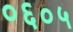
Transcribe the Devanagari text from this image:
०६०५